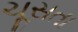
ચૂસતા